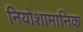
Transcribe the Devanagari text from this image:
नियोशामानिक